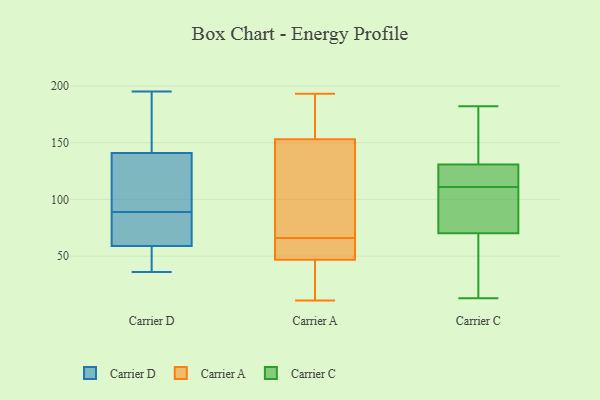
{"axis": {"x": "Shipments", "y": "Value"}, "legend": ["Carrier A", "Carrier C", "Carrier D"], "data": [{"x": "", "y": 41, "type": "Carrier D"}, {"x": "", "y": 84, "type": "Carrier D"}, {"x": "", "y": 195, "type": "Carrier D"}, {"x": "", "y": 174, "type": "Carrier D"}, {"x": "", "y": 36, "type": "Carrier D"}, {"x": "", "y": 59, "type": "Carrier D"}, {"x": "", "y": 141, "type": "Carrier D"}, {"x": "", "y": 104, "type": "Carrier D"}, {"x": "", "y": 156, "type": "Carrier D"}, {"x": "", "y": 53, "type": "Carrier D"}, {"x": "", "y": 85, "type": "Carrier D"}, {"x": "", "y": 64, "type": "Carrier D"}, {"x": "", "y": 81, "type": "Carrier D"}, {"x": "", "y": 135, "type": "Carrier D"}, {"x": "", "y": 44, "type": "Carrier D"}, {"x": "", "y": 93, "type": "Carrier D"}, {"x": "", "y": 143, "type": "Carrier D"}, {"x": "", "y": 108, "type": "Carrier D"}, {"x": "", "y": 43, "type": "Carrier A"}, {"x": "", "y": 63, "type": "Carrier A"}, {"x": "", "y": 193, "type": "Carrier A"}, {"x": "", "y": 169, "type": "Carrier A"}, {"x": "", "y": 30, "type": "Carrier A"}, {"x": "", "y": 66, "type": "Carrier A"}, {"x": "", "y": 139, "type": "Carrier A"}, {"x": "", "y": 149, "type": "Carrier A"}, {"x": "", "y": 11, "type": "Carrier A"}, {"x": "", "y": 70, "type": "Carrier A"}, {"x": "", "y": 56, "type": "Carrier A"}, {"x": "", "y": 165, "type": "Carrier A"}, {"x": "", "y": 48, "type": "Carrier A"}, {"x": "", "y": 85, "type": "Carrier C"}, {"x": "", "y": 74, "type": "Carrier C"}, {"x": "", "y": 59, "type": "Carrier C"}, {"x": "", "y": 133, "type": "Carrier C"}, {"x": "", "y": 182, "type": "Carrier C"}, {"x": "", "y": 121, "type": "Carrier C"}, {"x": "", "y": 130, "type": "Carrier C"}, {"x": "", "y": 13, "type": "Carrier C"}, {"x": "", "y": 41, "type": "Carrier C"}, {"x": "", "y": 94, "type": "Carrier C"}, {"x": "", "y": 160, "type": "Carrier C"}, {"x": "", "y": 122, "type": "Carrier C"}, {"x": "", "y": 111, "type": "Carrier C"}]}